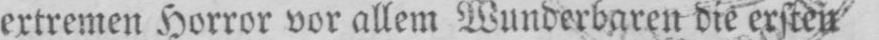
extremen Horror vor allem Wunderbaren die ersten